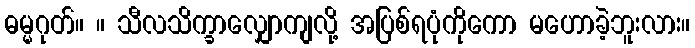
ဓမ္မဂုတ်။ ။ သီလသိက္ခာလျှောကျလို့ အပြစ်ရပုံကိုကော မဟောခဲ့ဘူးလား။